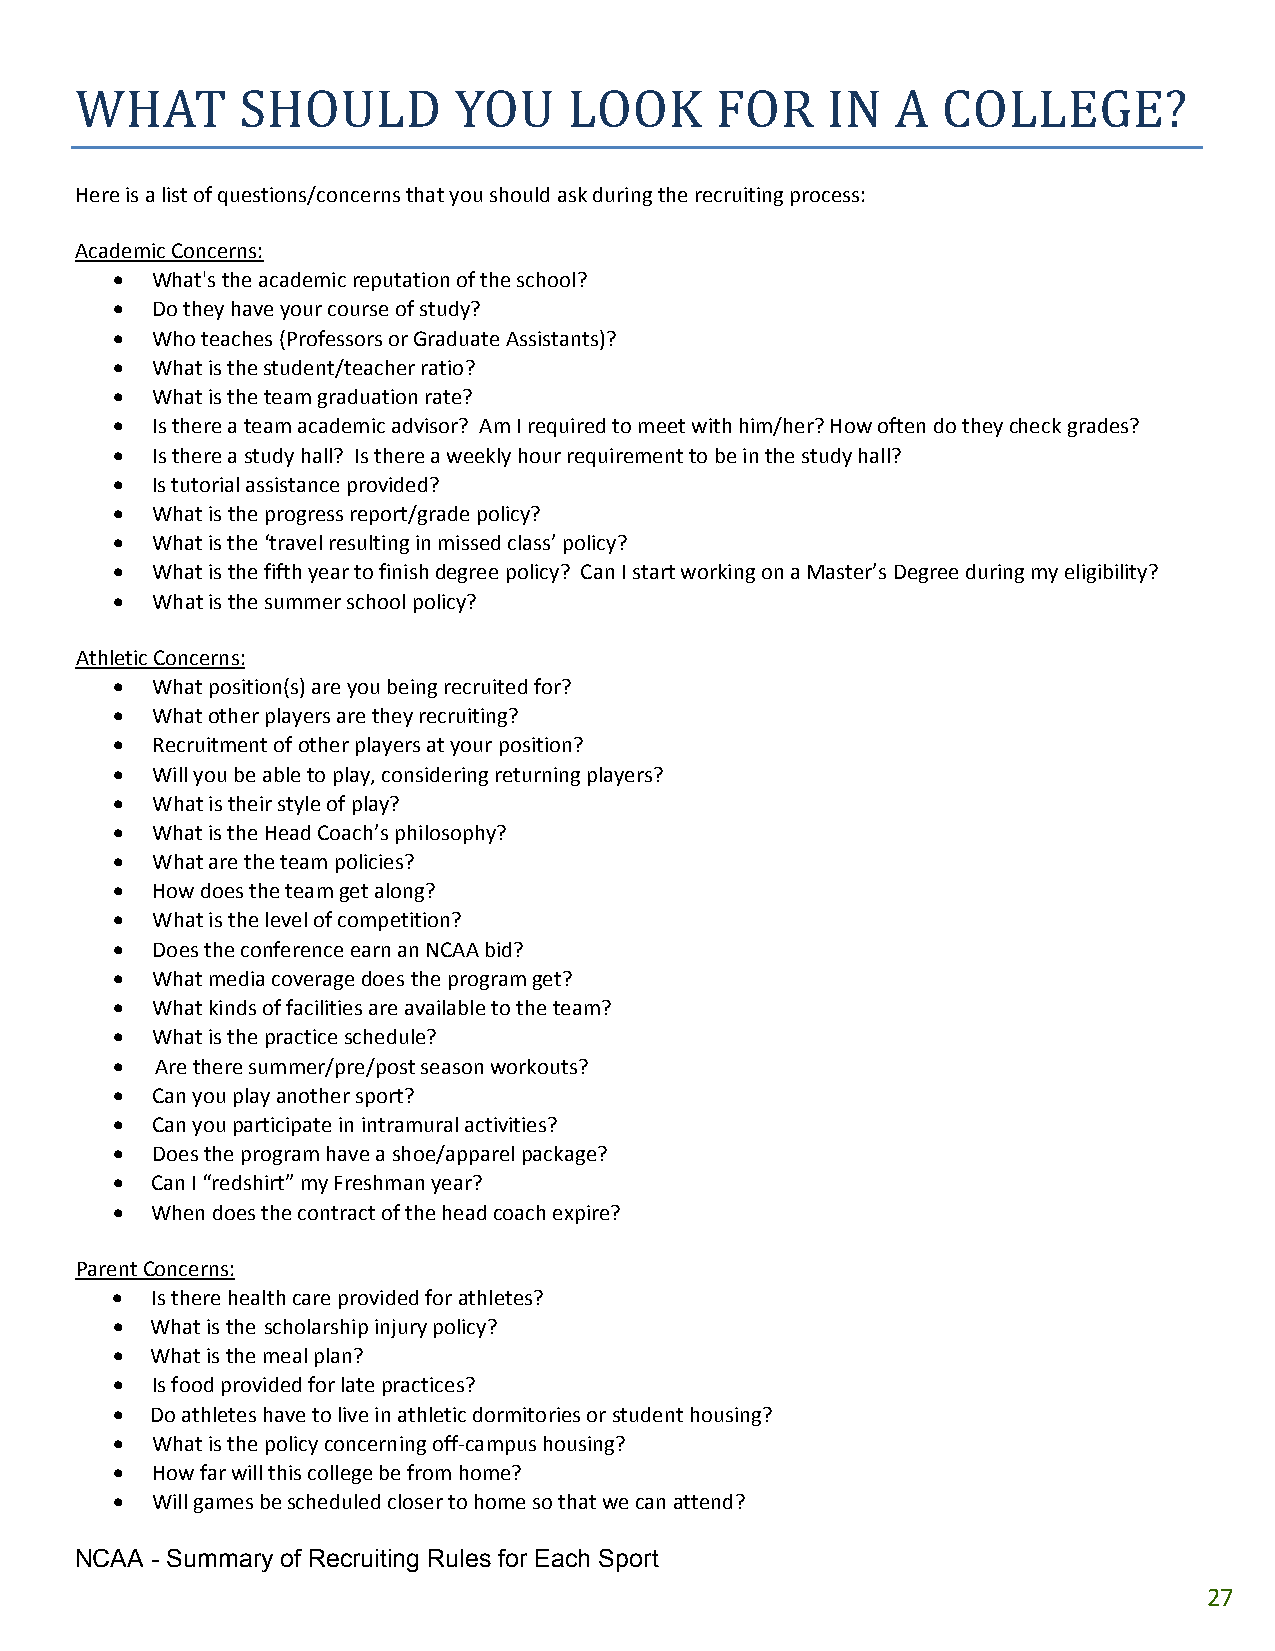
WHAT       SHOULD        YOU     LOOK     FOR     IN  A  COLLEGE?
 Here is a list of questions/concerns that you should ask during the recruiting process:
 Academic Concerns:
 •  What's the academic reputation of the school?
 •  Do they have your course of study?
 •  Who teaches (Professors or Graduate Assistants)?
 •  What is the student/teacher ratio?
 •  What is the team graduation rate?
 •  Is there a team academic advisor? Am I required to meet with him/her? How often do they check grades?
 •  Is there a study hall? Is there a weekly hour requirement to be in the study hall?
 •  Is tutorial assistance provided?
 •  What is the progress report/grade policy?
 •  What is the ‘travel resulting in missed class’ policy?
 •  What is the fifth year to finish degree policy? Can I start working on a Master’s Degree during my eligibility?
 •  What is the summer school policy?
 Athletic Concerns:
 •  What position(s) are you being recruited for?
 •  What other players are they recruiting?
 •  Recruitment of other players at your position?
 •  Will you be able to play, considering returning players?
 •  What is their style of play?
 •  What is the Head Coach’s philosophy?
 • What are the team policies?
 •  How does the team get along?
 • What is the level of competition?
 • Does the conference earn an NCAA bid?
 •  What media coverage does the program get?
 •  What kinds of facilities are available to the team?
 •  What is the practice schedule?
 •  Are there summer/pre/post season workouts?
 •  Can you play another sport?
 •  Can you participate in intramural activities?
 •  Does the program have a shoe/apparel package?
 •  Can I “redshirt” my Freshman year?
 •  When does the contract of the head coach expire?
 Parent Concerns:
 •  Is there health care provided for athletes?
 •  What is the scholarship injury policy?
 •  What is the meal plan?
 •  Is food provided for late practices?
 •  Do athletes have to live in athletic dormitories or student housing?
 •  What is the policy concerning off‐campus housing?
 •  How far will this college be from home?
 •  Will games be scheduled closer to home so that we can attend?
 NCAA - Summary of Recruiting Rules for Each Sport
 27